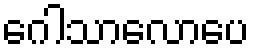
ဂေါသာလောပေ